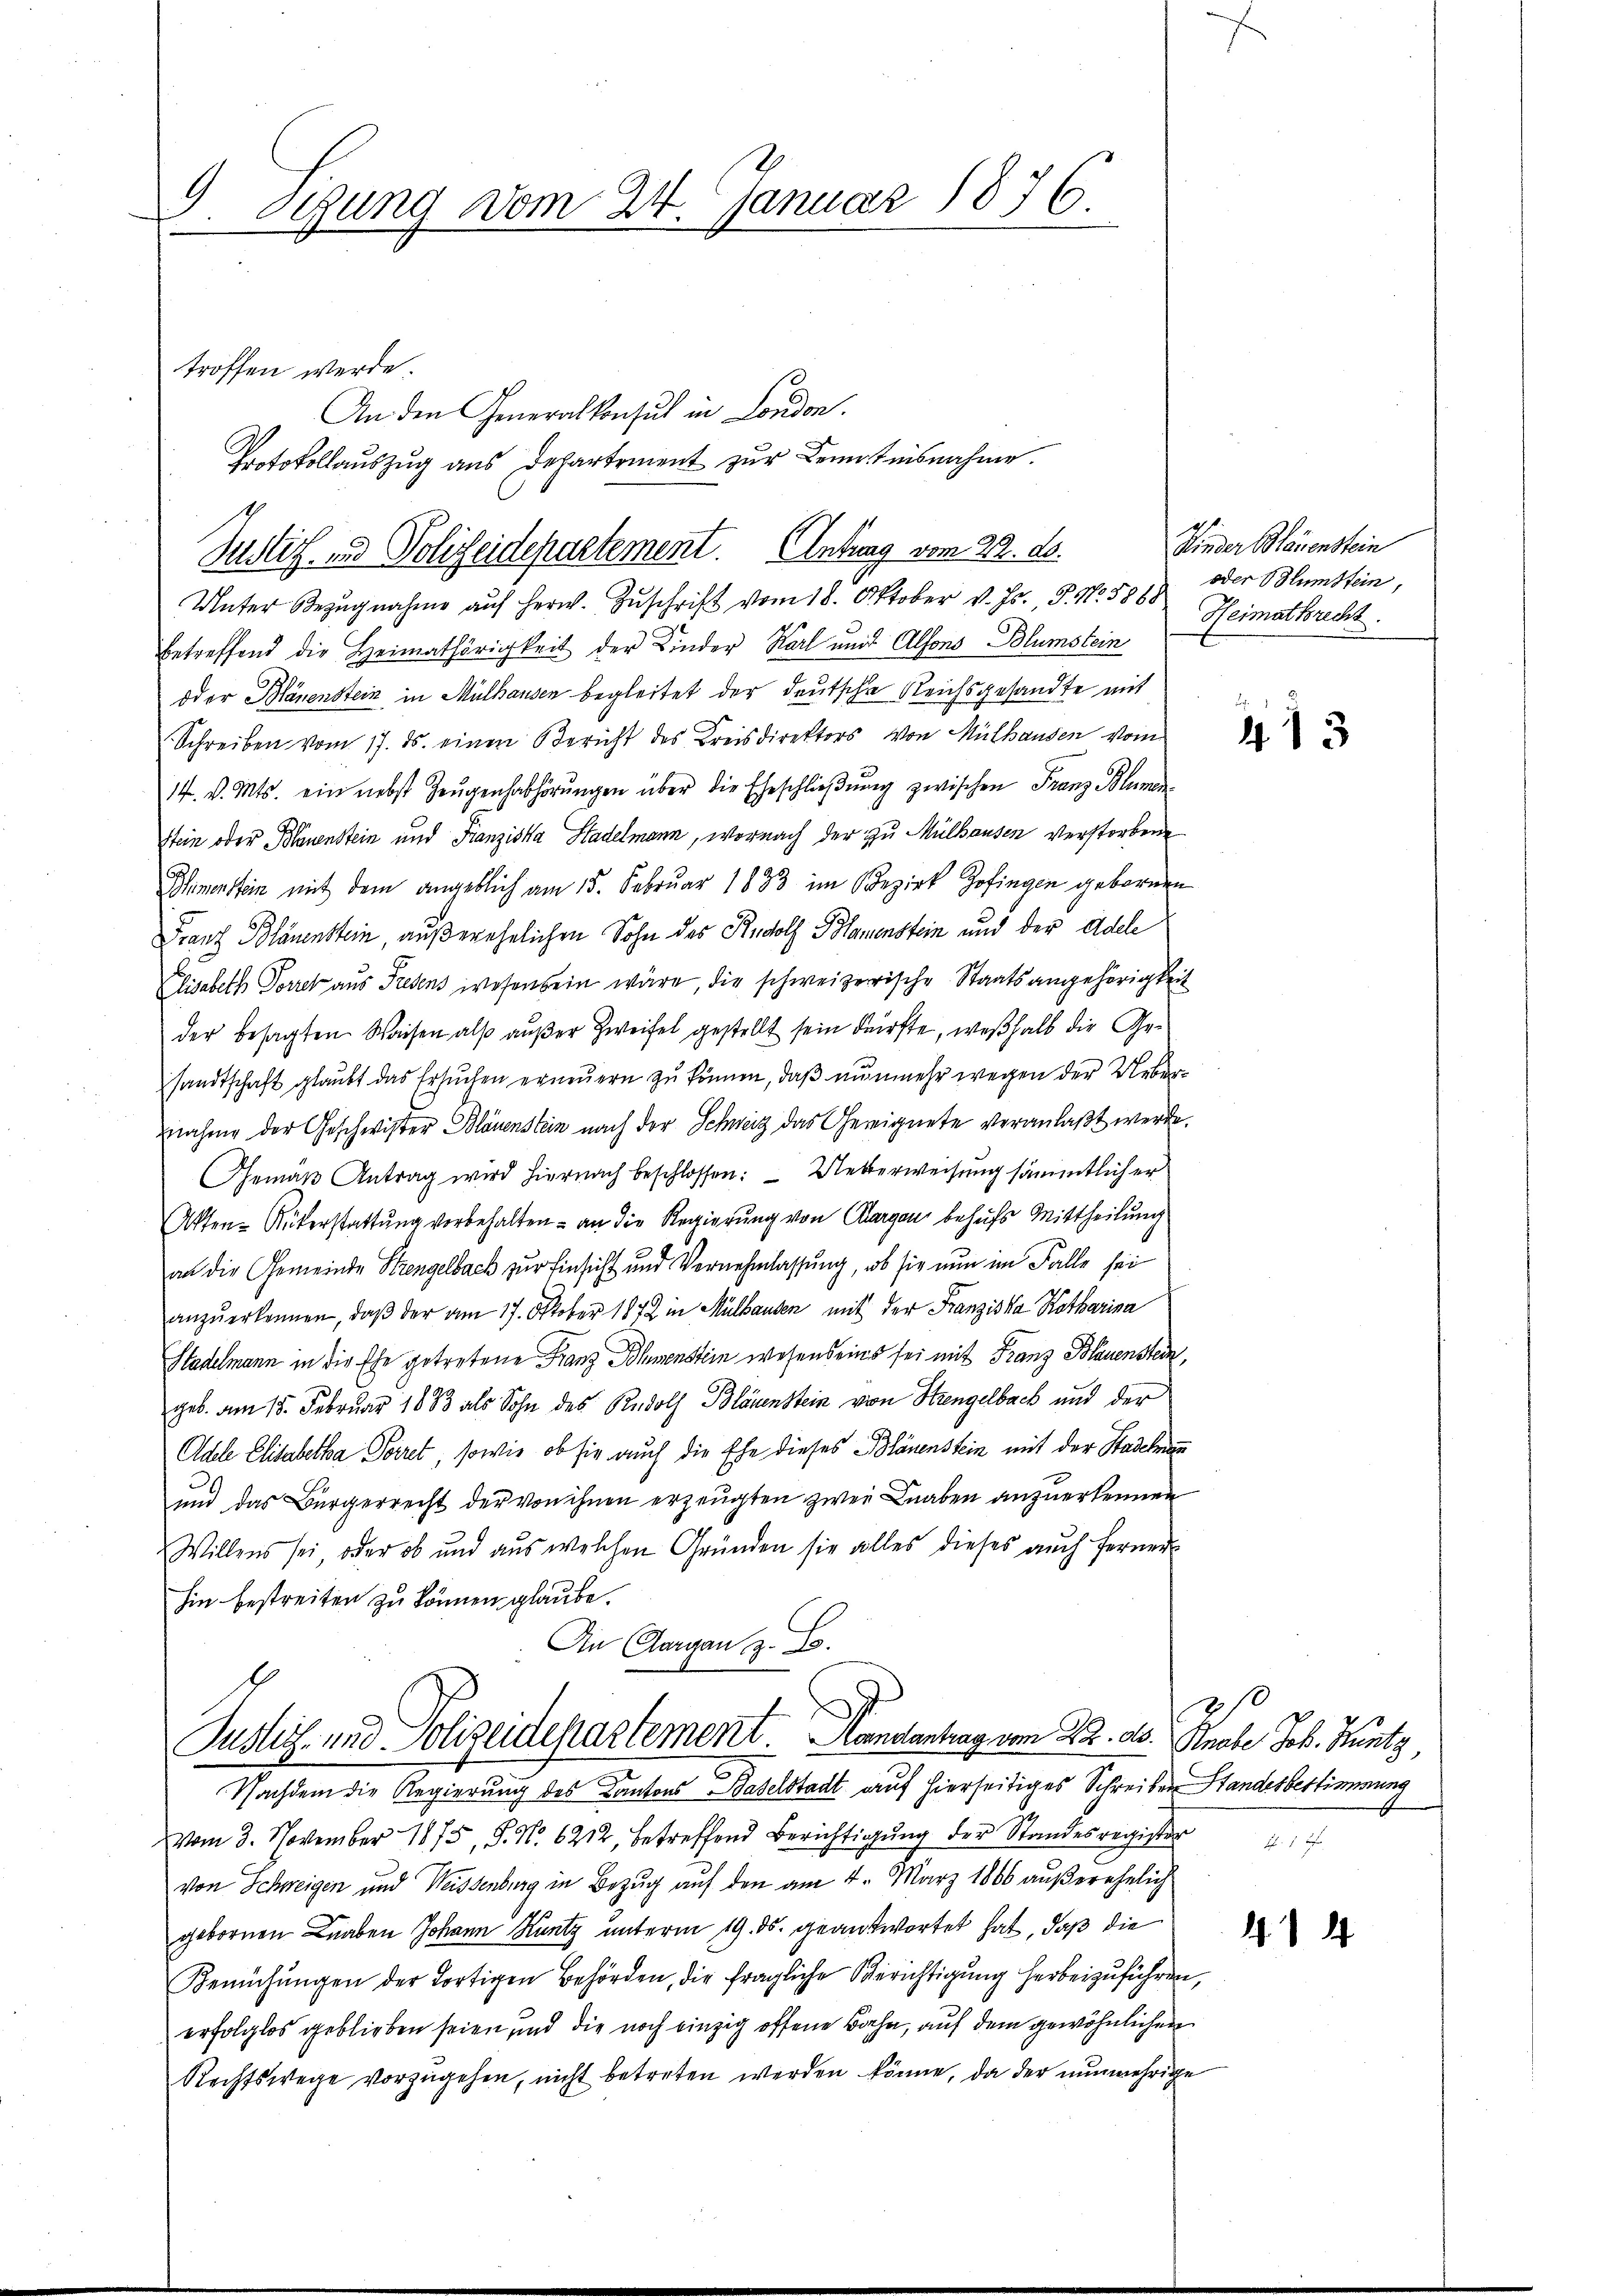
9. Tigung vom 24. Januar 1876.

troffen werde.
Unter Bezŭgnahme aŭf herw. Zŭschrift vom 18. Oktober v. Js., S. Nr. 5888 Heimathrecht
betreffend die Heimathörigkeit der Kinder Karl und Alfons Blumstein
oder Plänenstein in Mülhausen begleitet der deutsche Reichsgesandte mit
Schreiben vom 17. ds. einen Bericht des Kreisdirektors von Mülhausen vom
14. d. Mts. ein nebst Zeŭgenhabhörŭngen über die Eheschlieβŭng zwischen Franz Blumen
Stein oder Blauenstein und Franziska Stadelmann, wornach der zu Mülhausen verstorbene
Dimenstein mit dem angeblich am 15. Februar 1883 im Bezirk Zofingen gebornen
Franz Bläuenstein, außerehelichen Sohn des Rudolf Blamenstein und der Adele
Elisabeth Forrek aŭs Presens wesensein wäre, die schweizerische Staatsangehörigkeit
der besagten Waisen also außer Zweifel gestellt sein dürfte, weßhalb die Gesandtschaft glaubt das Ersuchen erneuern zu können, daß nunmehr wegen der Uebernahme der Geschwister Bläuenstein nach der Schweiz das Gereignete veranlaßt werde.
Gemäß Antrag wird hiernach beschlossen:  Ueberweisung sämmtlich er
Akten-Rükerstattung vorbehalten an die Regierung von Aargau behufs Mittheilung
an die Gemeinde Strengelbach zur Einsicht und Vernehmlassung, ob sie nun im Falle sei
anzŭerkennen, daβ der am 17. Oktober 1872 in Mülhausen mit der Franziska Kotharina
Stadelmann in die Ehe getretene Franz Sohmenstein wesens eins sei mit Franz Blauenstein,
geb. am 15. Februar 1883 als Sohn des Rudolf Bläuenstein von Strengelbach und der
Odele Elisabetha Peiret, sowie ob sie auch die Ehe dieses Bläuenstein mit der Stadelman
und das Bürgerrecht der von ihnen erzeugten zwei Knaben anzuerkennen
Willens sei, oder ob und aus welchen Gründen sie alles dieses auch ferner
hin bestreiten zu können glaube.
In Aargau, z. B.

1

An den Generalkonsul in London.
Protokollauszug aus Departement zur Kenntnisnahme.
Justif. und Polizeidepartement. Antrag vom 22. ds.

Justiz- und Polizeidepartement. Handantrag vom 22. ds. Knabe Joh. Kuntz,

Kinder Blauenstein
oder Blumstein,

35
Nachdem die Regierung des Kantons Baselstadt auf hierseitiges Schreiben Standesbestimmung
vom 3. November 1875, S. No. 6212, betreffend Berichtigŭng der Standesregister
von Schweigen und Weissenburg in Bezug auf den am 4. März 1866 außerehelich
gebornen Knaben Johann Kuntz unterm 19. ds. geantwortet hat, daß die
Bemühŭngen der fortigen Behörden, die fragliche Gerichtigung herbeizuführen,
erfolglos geblieben seien und die noch einzig offene Bahn, auf dem gewöhnlichen
Rechtswege vorzugehen, nicht betreten werden könne, da der nunmehrige

F
413

s

4